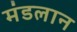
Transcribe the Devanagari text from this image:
मंडलान